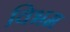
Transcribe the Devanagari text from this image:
विभम